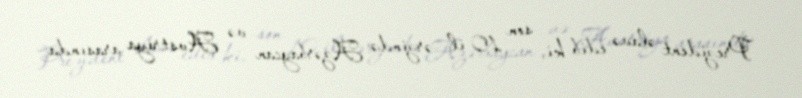
Prezident əlavə edib ki, son 10 il ərzində Azərbaycan və Avstriya arasında